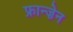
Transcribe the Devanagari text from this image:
फ्रान्ज़ेन